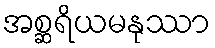
အစ္ဆရိယမနုဿာ